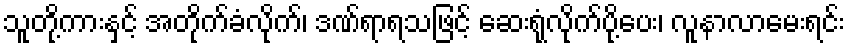
သူတို့ကားနှင့် အတိုက်ခံလိုက်၊ ဒဏ်ရာရသဖြင့် ဆေးရုံလိုက်ပို့ပေး၊ လူနာလာမေးရင်း